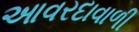
આવરદાવાળી